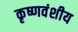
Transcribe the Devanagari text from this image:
कृष्णवंशीय